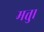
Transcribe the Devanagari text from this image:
मत्तु।